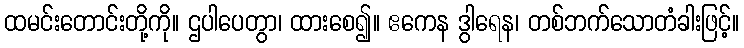
ထမင်းတောင်းတို့ကို။ ဌပါပေတွာ၊ ထားစေ၍။ ဧကေန ဒွါရေန၊ တစ်ဘက်သောတံခါးဖြင့်။